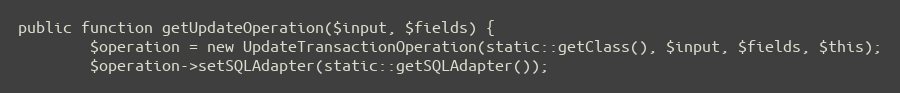
Language: PHP
public function getUpdateOperation($input, $fields) {
		$operation = new UpdateTransactionOperation(static::getClass(), $input, $fields, $this);
		$operation->setSQLAdapter(static::getSQLAdapter());